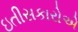
ઇતીસકારોએ